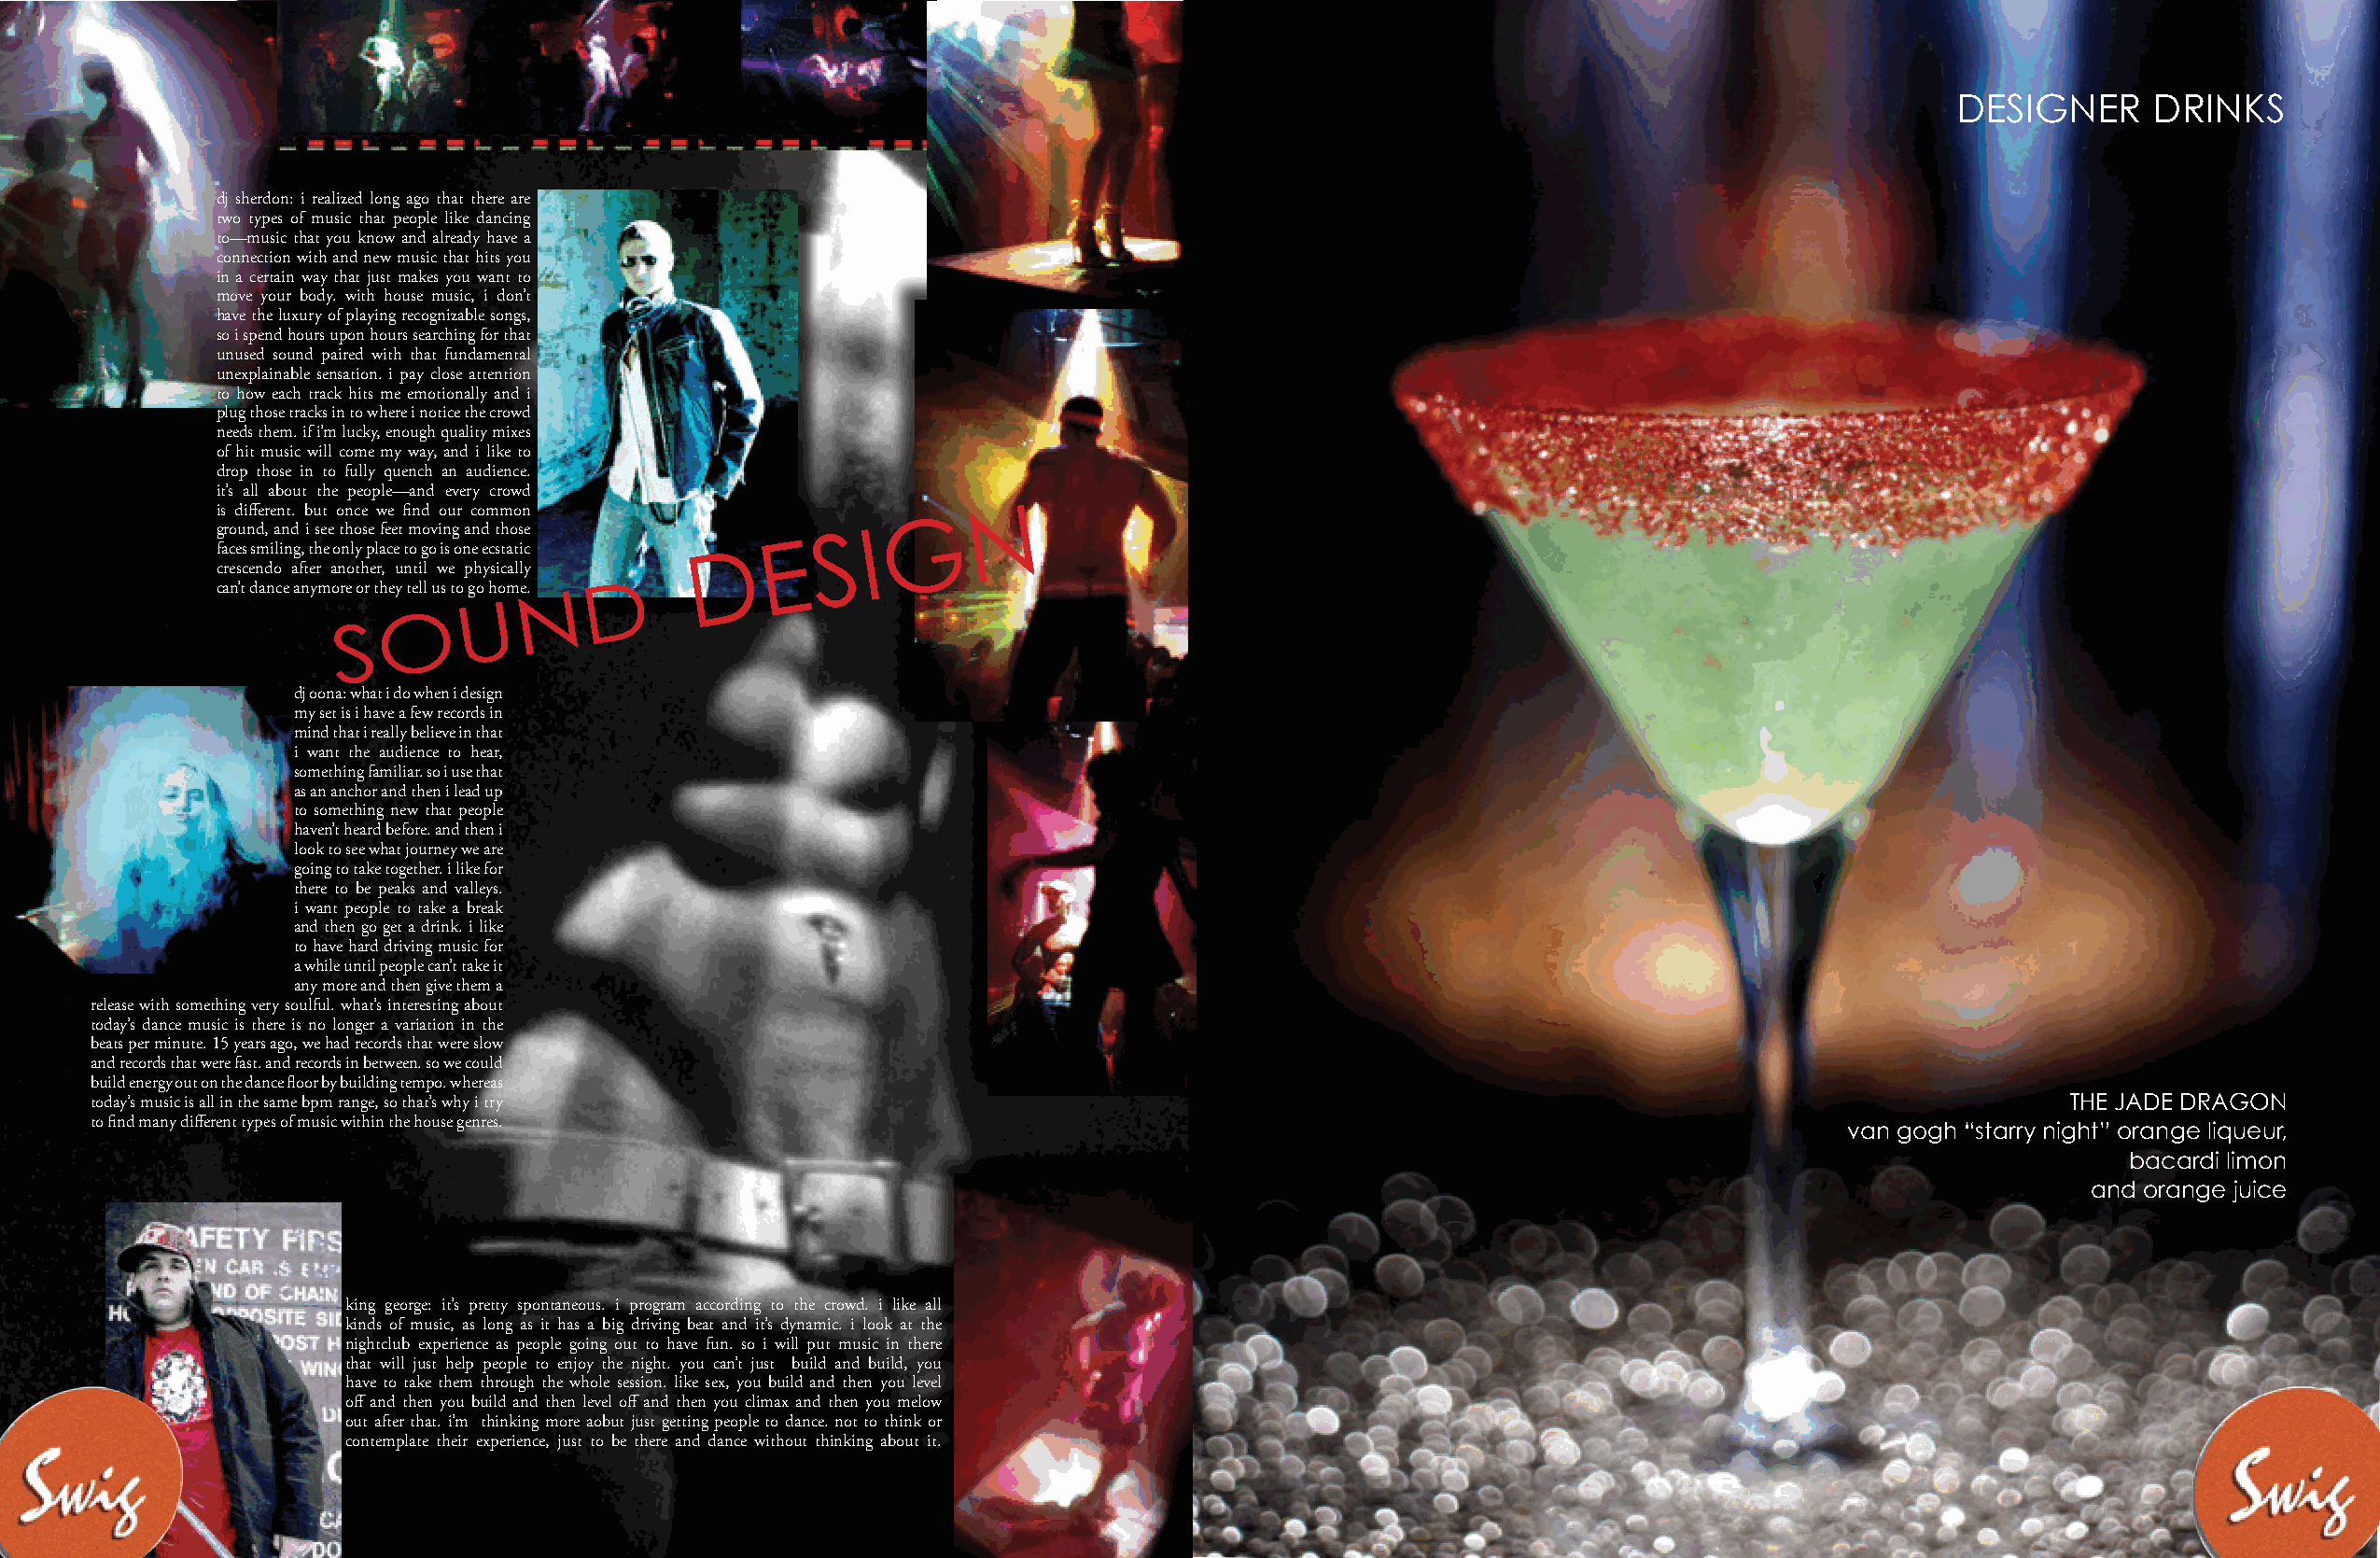
DESIGNER      DRINKS
 dj sherdon: i realized long ago that there are
 two types of music that people like dancing
 to—music that you know and already have a
 connection with and new music that hits you
 in a certain way that just makes you want to
 move your body. with house music, i don’t
 have the luxury of playing recognizable songs,
 so i spend hours upon hours searching for that
 unused sound paired with that fundamental
 unexplainable sensation. i pay close attention
 to how each track hits me emotionally and i
 plug those tracks in to where i notice the crowd
 needs them. if i’m lucky, enough quality mixes
 of hit music will come my way, and i like to
 drop those in to fully quench an audience.
 it’s all about the people—and every crowd
 N
 is different. but once we find our common       G
 ground, and i see those feet moving and those S I
 faces smiling, the only place to go is one ecstatic D
 E
 crescendo after another, until we physically
 D
 can’t dance anymore or they tell us to go homeN.
 u
 o
 S
 dj oona: what i do when i design
 my set is i have a few records in
 mind that i really believe in that
 i want the audience to hear,
 something familiar. so i use that
 as an anchor and then i lead up
 to something new that people
 haven’t heard before. and then i
 look to see what journey we are
 going to take together. i like for
 there to be peaks and valleys.
 i want people to take a break
 and then go get a drink. i like
 to have hard driving music for
 a while until people can’t take it
 any more and then give them a
 release with something very soulful. what’s interesting about
 today’s dance music is there is no longer a variation in the
 beats per minute. 15 years ago, we had records that were slow
 and records that were fast. and records in between. so we could
 build energy out on the dance floor by building tempo. whereas
 today’s music is all in the same bpm range, so that’s why i try                                                                              THE JADE DRAGON
 to find many different types of music within the house genres.
 van gogh “starry night” orange liqueur,
 bacardi limon
 and orange juice
 king george: it’s pretty spontaneous. i program according to the crowd. i like all
 kinds of music, as long as it has a big driving beat and it’s dynamic. i look at the
 nightclub experience as people going out to have fun. so i will put music in there
 that will just help people to enjoy the night. you can’t just build and build, you
 have to take them through the whole session. like sex, you build and then you level
 off and then you build and then level off and then you climax and then you melow
 out after that. i’m thinking more aobut just getting people to dance. not to think or
 contemplate their experience, just to be there and dance without thinking about it.